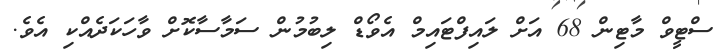
ސްޓީވް މާޓިން 68 އަށް ލައިފްޓައިމް އެވޯޑް ލިބުމުން ސަމާސާކޮށް ވާހަކަދެއްކި އެވެ.